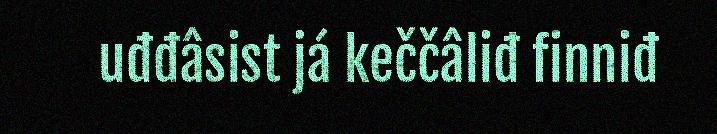
uđđâsist já keččâliđ finniđ